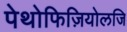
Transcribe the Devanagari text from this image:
पेथोफिज़ियोलजि